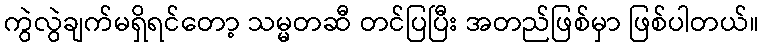
ကွဲလွဲချက်မရှိရင်တော့ သမ္မတဆီ တင်ပြပြီး အတည်ဖြစ်မှာ ဖြစ်ပါတယ်။